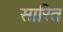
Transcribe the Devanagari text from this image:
सारित